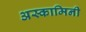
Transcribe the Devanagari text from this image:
अस्कामिनी